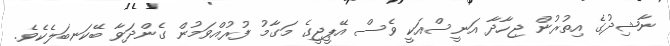
ނާޝިދުގެ އިތުރުން ޖިހާދާ އަނީސްއަކީ ވެސް އޭޕީޖީގެ މަގާމު ފުރުއްވަމުން ގެންދަވާ ބޭކަނބަލެކެވެ.